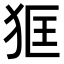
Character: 𤝿